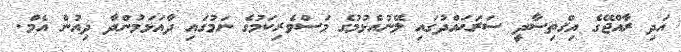
އަދި ރާއްޖޭގެ އިޤްތިސާދީ ސަރަޙައްދުގައި ލޭނުއެޅުމުގެ މަސްވެރިކަމުގެ ނަމުގައި ދާއަޅަމުންދާ ދިއުން އެމް.